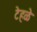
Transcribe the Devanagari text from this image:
टेहळे